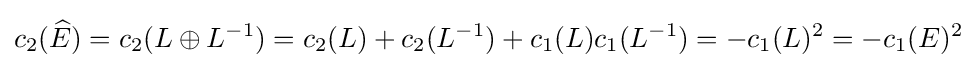
c_{2}({\widehat {E}})=c_{2}(L\oplus L^{-1})=c_{2}(L)+c_{2}(L^{-1})+c_{1}(L)c_{1}(L^{-1})=-c_{1}(L)^{2}=-c_{1}(E)^{2}